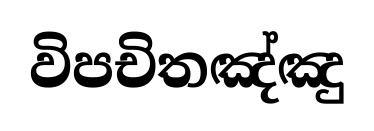
විපචිතඤ්ඤු